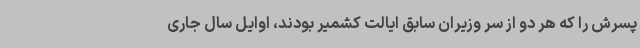
پسرش را که هر دو از سر وزیران سابق ایالت کشمیر بودند، اوایل سال جاری